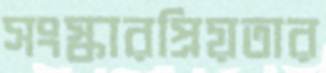
সংস্কারপ্রিয়তার